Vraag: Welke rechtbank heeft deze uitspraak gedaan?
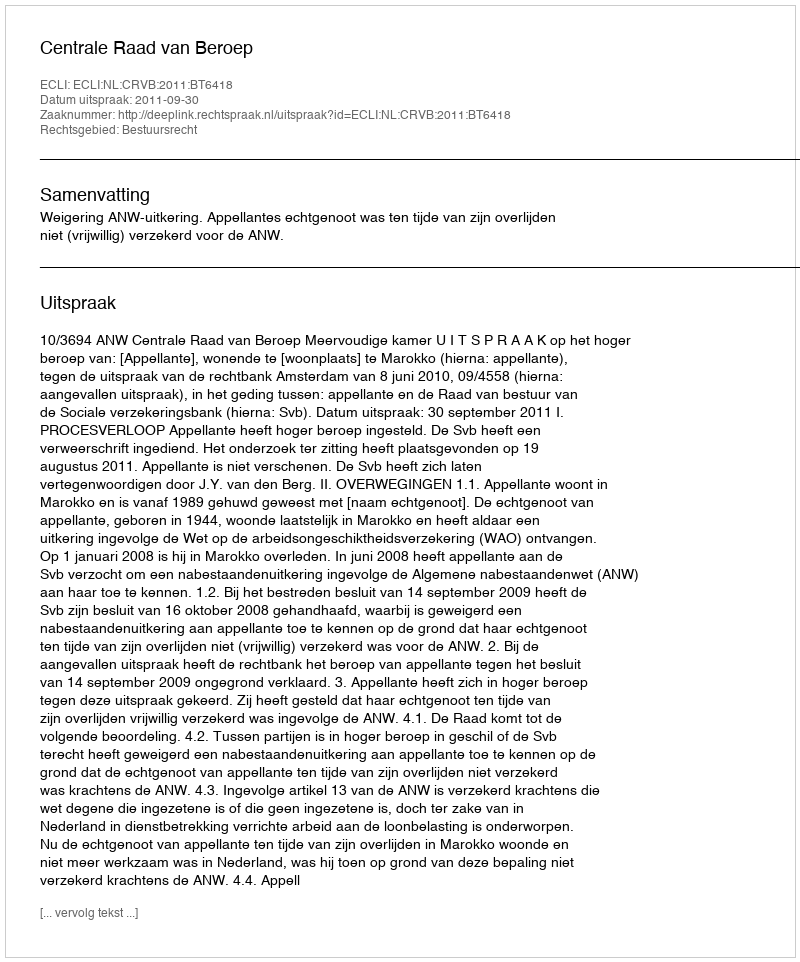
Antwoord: Centrale Raad van Beroep